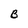
Character: B